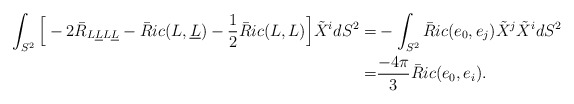
\begin{align*} \int_{S^2} {\Big [} -2\bar R_{L\underline LL\underline L} - \bar Ric(L,\underline L)- \frac{1}{2}\bar Ric(L,L){\Big ]} \tilde X^idS^2 =& - \int_{S^2} \bar Ric(e_0,e_j)\tilde {X}^j \tilde {X}^idS^2 \\= & \frac{-4 \pi}{3}\bar Ric(e_0,e_i).\end{align*}